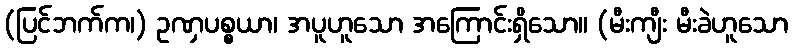
(ပြင်ဘက်က၊) ဥဏှပစ္စယာ၊ အပူဟူသော အကြောင်းရှိသော။ (မီးကျီး မီးခဲဟူသော